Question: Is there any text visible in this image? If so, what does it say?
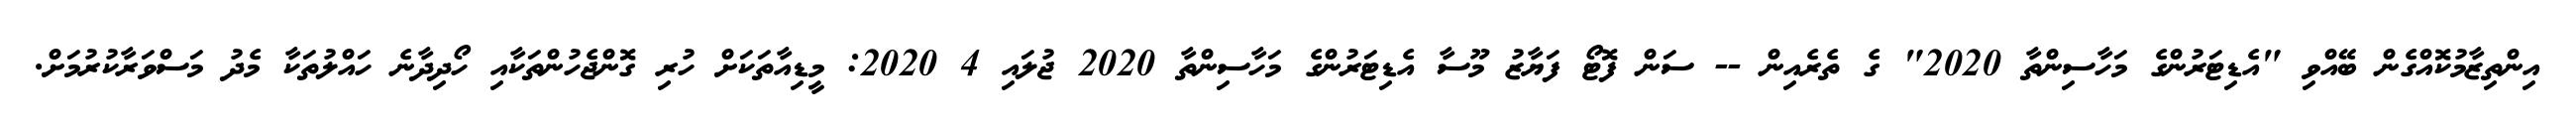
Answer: އިންތިޒާމުކޮއްގެން ބޭއްވި "އެޑިޓަރުންގެ މަހާސިންތާ 2020" ގެ ތެރެއިން -- ސަން ފޮޓޯ ފަޔާޒު މޫސާ އެޑިޓަރުންގެ މަހާސިންތާ 2020 ޖުލައި 4 2020: މީޑިއާތަކަށް ހުރި ގޮންޖެހުންތަކާއި ހޯދިދާނެ ހައްލުތަކާ މެދު މަސްވަރާކުރުމަށް.